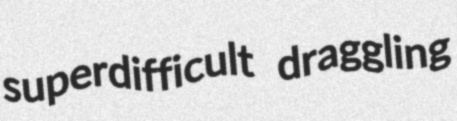
superdifficult draggling